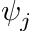
\psi _ { j }